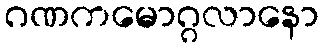
ဂဏကမောဂ္ဂလာနော